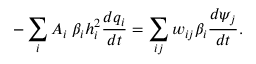
- \sum _ { i } A _ { i } \; \beta _ { i } h _ { i } ^ { 2 } \frac { d q _ { i } } { d t } = \sum _ { i j } w _ { i j } \beta _ { i } \frac { d \psi _ { j } } { d t } .